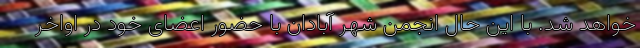
خواهد شد. با این حال انجمن شهر آبادان با حضور اعضای خود در اواخر